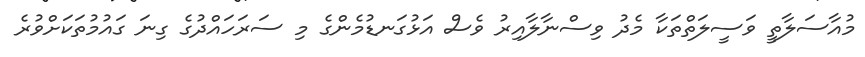
މުއާސަލާތީ ވަސީލަތްތަކާ މެދު ވިސްނާލާއިރު ވެސް އަޅުގަނޑުމެންގެ މި ސަރަހައްދުގެ ގިނަ ގައުމުތަކަށްވުރެ